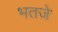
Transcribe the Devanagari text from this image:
भतजे